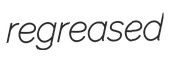
regreased